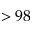
> 9 8